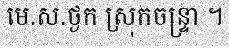
មេ.ស.ថ្ងក ស្រុកចន្ទ្រា ។